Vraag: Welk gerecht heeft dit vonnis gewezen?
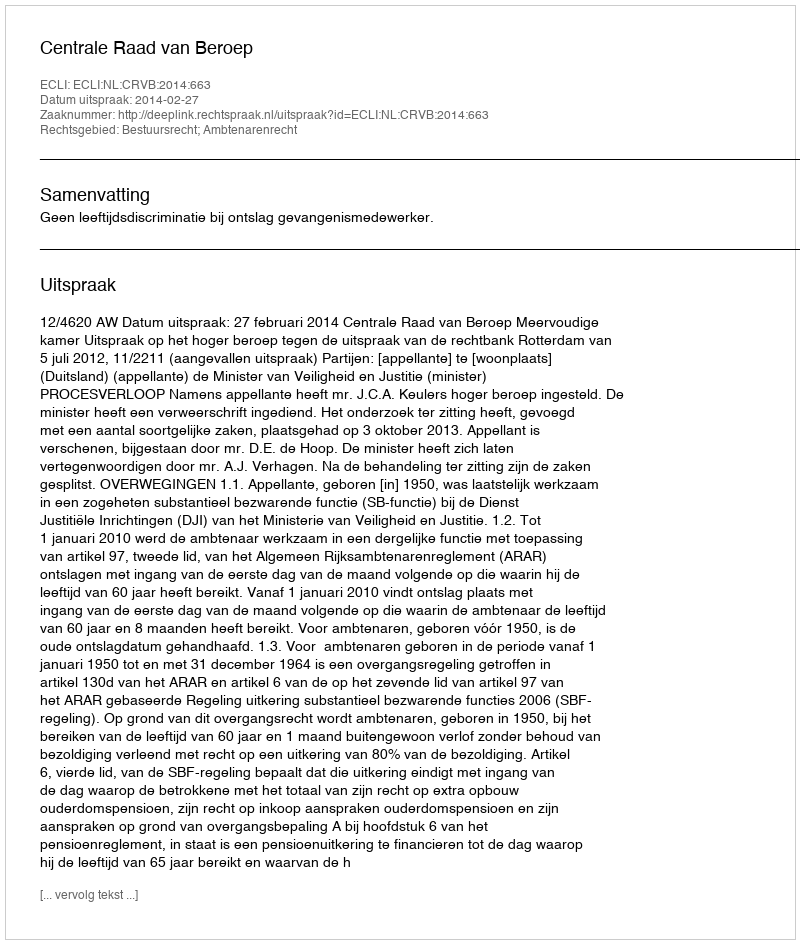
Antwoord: Centrale Raad van Beroep